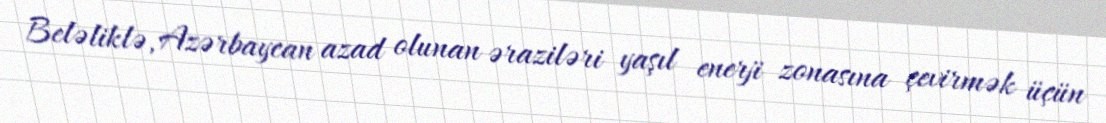
Beləliklə, Azərbaycan azad olunan əraziləri yaşıl enerji zonasına çevirmək üçün